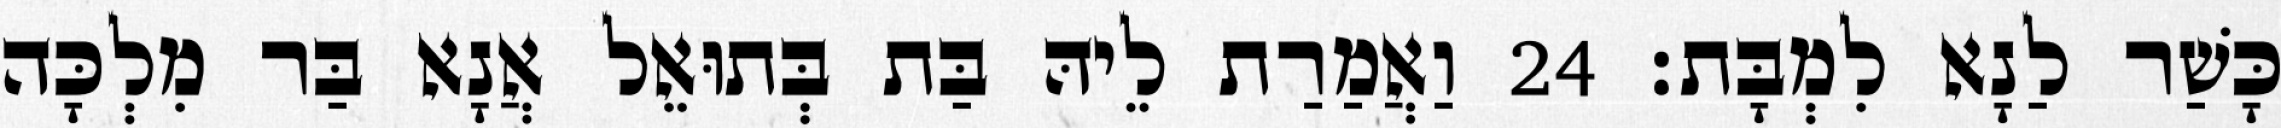
כָּשַׁר לַנָא לִמְבָּת׃ 24 וַאֲמַרַת לֵיהּ בַּת בְּתוּאֵל אֲנָא בַּר מִלְכָּה